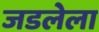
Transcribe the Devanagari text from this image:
जडलेला